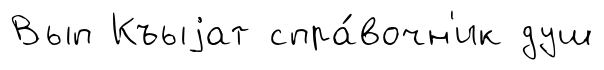
Вып Къыjат спра́вочн'ик душ